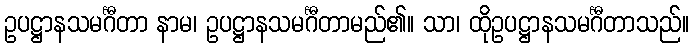
ဥပဋ္ဌာနသမင်္ဂီတာ နာမ၊ ဥပဋ္ဌာနသမင်္ဂီတာမည်၏။ သာ၊ ထိုဥပဋ္ဌာနသမင်္ဂီတာသည်။